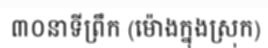
៣០នាទីព្រឹក (ម៉ោងក្នុងស្រុក)